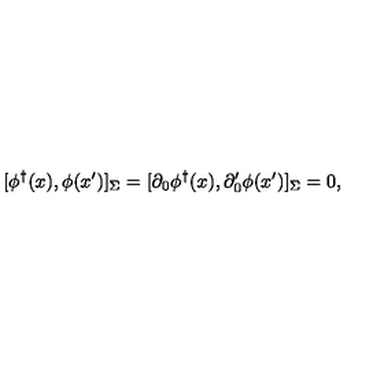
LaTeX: [ \phi ^ { \dagger } ( x ) , \phi ( x ^ { \prime } ) ] _ { \Sigma } = [ \partial _ { 0 } \phi ^ { \dagger } ( x ) , \partial _ { 0 } ^ { \prime } \phi ( x ^ { \prime } ) ] _ { \Sigma } = 0 ,